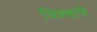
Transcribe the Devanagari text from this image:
विश्‍वाचे